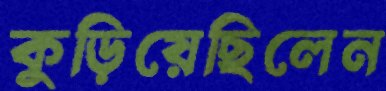
কুড়িয়েছিলেন